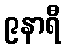
၉နာရီ